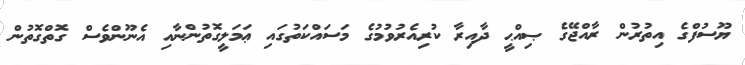
ޔޫސުފްގެ އިތުރުން ރާއްޖޭގެ ޞިއްޙީ ދާއިރާ ކުރިއެރުވުމުގެ މަސައްކަތުގައި ޢަމަލީގޮތުންނާއި އެނޫންވެސް ގޮތްގޮތުން